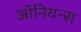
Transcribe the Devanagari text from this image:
ऑनियन्स